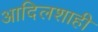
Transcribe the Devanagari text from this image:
आदिलशाही